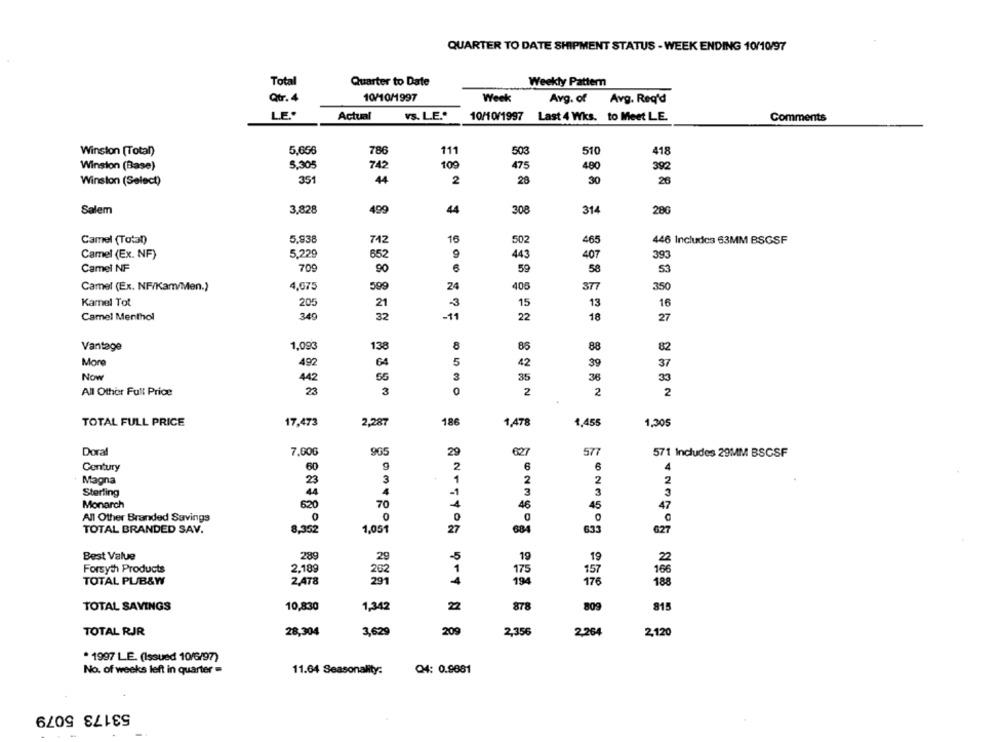
QUARTER TO DATE SHIPMENT STATUS - WEEK ENDING 10/10/97
Total
Quarter to Date
Weekly Pattem
10/10/1997
Qtr. 4
Week
Avg. of
Avg. Req'd
LE ..
Actual
VS. L.E."
10/10/1997 Last 4 Wks. to Meet LE.
Comments
Winston [Total)
5,656
786
111
503
510
418
5,305
100
Winston (Base)
742
475
480
392
Winston (Select)
351
44
2
28
30
26
Salem
3,828
499
44
308
314
286
10
Camel (Total)
5.938
742
502
465
446 Includes 63MM BSGSF
5.229
Camel (Ex. NF)
652
443
407
393
Camel NF
709
6
90
59
58
53
Camel (Ex. NF/Kam/Men.)
4,075
599
406
377
350
Kamel Tot
205
21
-3
15
13
16
Camel Menthol
349
32
-11
22
18
27
Vantage
1,093
138
85
88
82
More
492
64
5
42
39
37
Now
442
55
3
35
36
33
All Other Full Price
23
8530
2
2
2
TOTAL FULL PRICE
17,473
2,287
186
1,478
1,455
1,305
Doral
7,00G
905
29
627
577
571 Includes 29MM BSCSF
Century
60
9
2
6
6
4
Magna
3
1
2
2
2
25
Sterling
4
3
3
Monarch
620
70
47
46
45
All Other Branded Savings
0
0
0
TOTAL BRANDED SAV.
8,352
1,051
27
684
633
627
Best Value
289
19
2
29
-5
19
Forsyth Products
2,189
1
175
157
166
262
TOTAL PL/B&W
2,478
291
194
176
188
TOTAL SAVINGS
10,830
1,342
878
809
815
28,304
3,629
209
TOTAL RJR
ONTSTON 9-T N 8
2,356
2,264
2,120
. 1997 LE. (Issued 10/6/97)
No. of weeks left in quarter =
11.64 Seasonality:
04: 0.9681
53173 5079